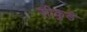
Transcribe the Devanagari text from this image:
सीकुडे